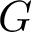
G